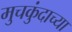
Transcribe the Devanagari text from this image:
मुचकुंदाच्या